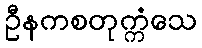
ဦနကစတုက္ကံသေ